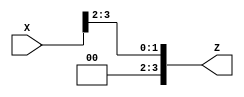
`timescale 1ns / 1ps
//////////////////////////////////////////////////////////////////////////////////
// Company: 
// Engineer: 
// 
// Design Name: 
// Module Name:    Shifter2bit 
// Project Name: 
// Target Devices: 
// Tool versions: 
// Description: 
//
// Dependencies: 
//
// Revision: 
// Revision 0.01 - File Created
// Additional Comments: 
//
//////////////////////////////////////////////////////////////////////////////////
module Shifter2bit(
    input [3:0] X,
    output [3:0] Z
    );

assign Z[3] = 0;
assign Z[2] = 0;
assign Z[1] = X[3];
assign Z[0] = X[2];

endmodule